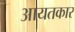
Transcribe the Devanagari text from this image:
आयतकार